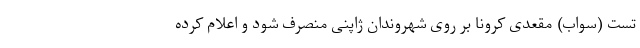
تست (سواب) مقعدی کرونا بر روی شهروندان ژاپنی منصرف شود و اعلام کرده